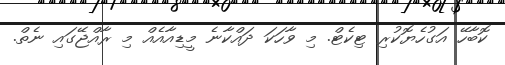
ކޮބާހޭ އަގުހެޔޮކުރި ޓިކެޓް. މި ވާހަކަ ދައްކާނެ މީޑިއާއެއް މި ރާއްޖޭގައި ނެތް.